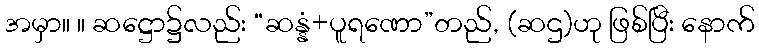
အမှာ။ ။ ဆဋ္ဌော၌လည်း “ဆန္နံ+ပူရဏော”တည်, (ဆဌ)ဟု ဖြစ်ပြီး နောက်